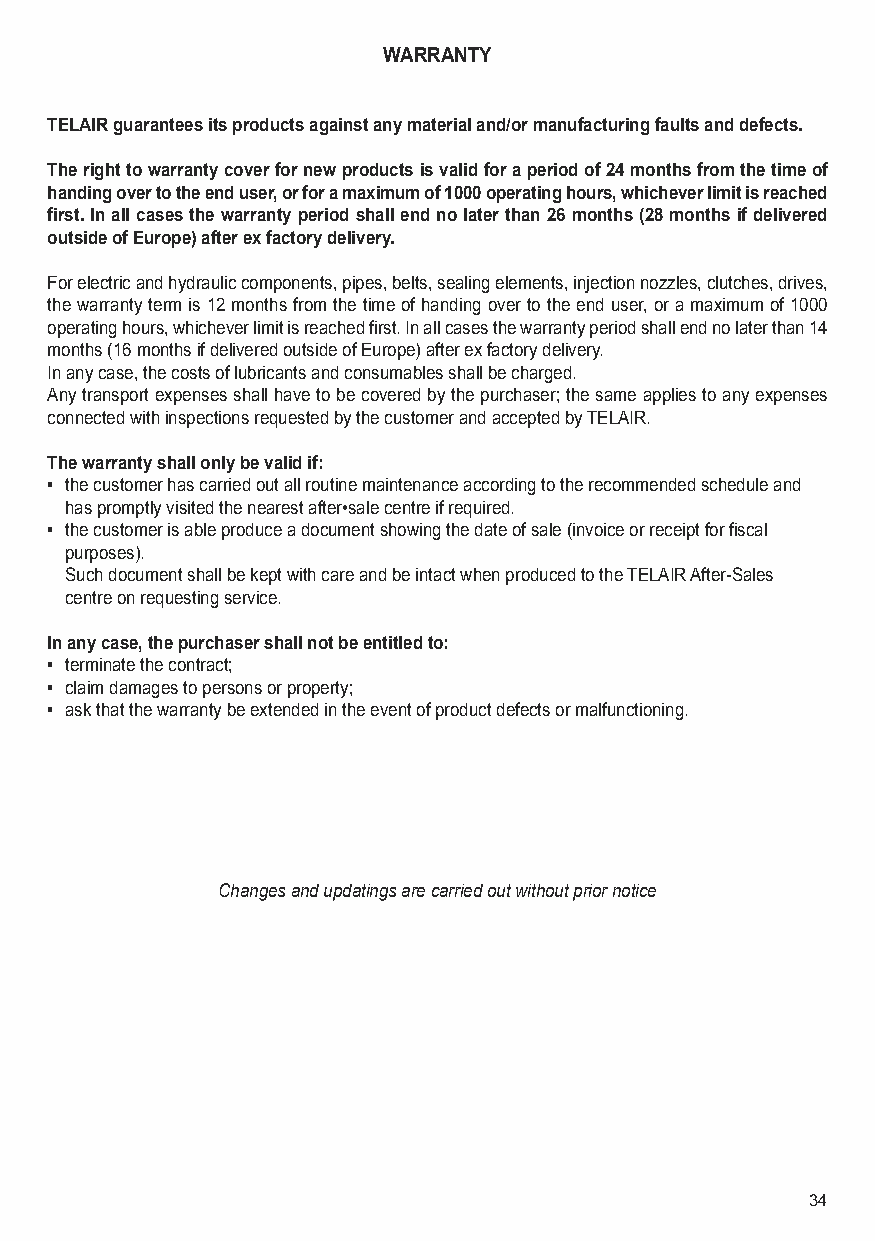
WARRANTY
 TELAIR guarantees its products against any material and/or manufacturing faults and defects.
 The right to warranty cover for new products is valid for a period of 24 months from the time of
 handing over to the end user, or for a maximum of 1000 operating hours, whichever limit is reached
 first. In all cases the warranty period shall end no later than 26 months (28 months if delivered
 outside of Europe) after ex factory delivery.
 For electric and hydraulic components, pipes, belts, sealing elements, injection nozzles, clutches, drives,
 the warranty term is 12 months from the time of handing over to the end user, or a maximum of 1000
 operating hours, whichever limit is reached first. In all cases the warranty period shall end no later than 14
 months (16 months if delivered outside of Europe) after ex factory delivery.
 In any case, the costs of lubricants and consumables shall be charged.
 Any transport expenses shall have to be covered by the purchaser; the same applies to any expenses
 connected with inspections requested by the customer and accepted by TELAIR.
 The warranty shall only be valid if:
 • the customer has carried out all routine maintenance according to the recommended schedule and
 has promptly visited the nearest after•sale centre if required.
 • the customer is able produce a document showing the date of sale (invoice or receipt for fiscal
 purposes).
 Such document shall be kept with care and be intact when produced to the TELAIR After-Sales
 centre on requesting service.
 In any case, the purchaser shall not be entitled to:
 • terminate the contract;
 • claim damages to persons or property;
 • ask that the warranty be extended in the event of product defects or malfunctioning.
 Changes and updatings are carried out without prior notice
 34